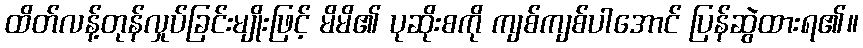
ထိတ်လန့်တုန်လှုပ်ခြင်းမျိုးဖြင့် မိမိ၏ ပုဆိုးစကို ကျစ်ကျစ်ပါအောင် ပြန်ဆွဲထားရ၏။